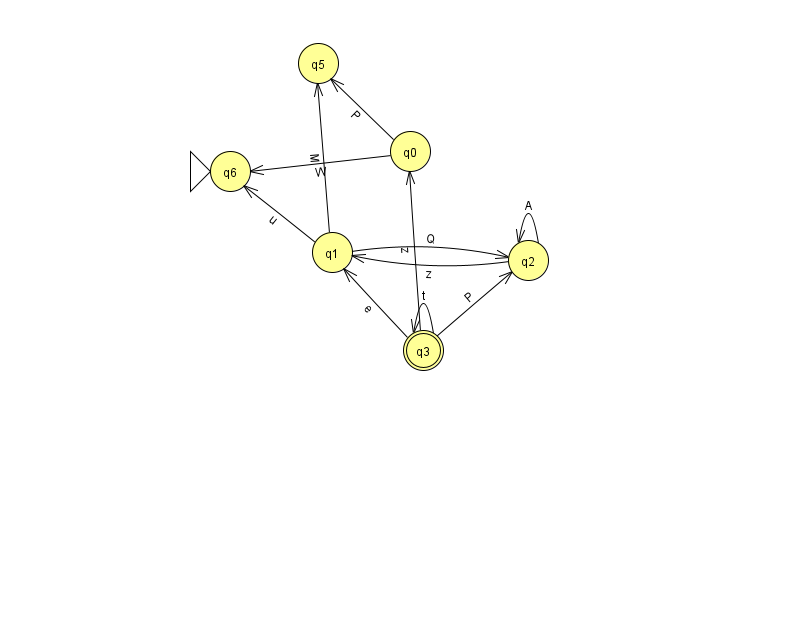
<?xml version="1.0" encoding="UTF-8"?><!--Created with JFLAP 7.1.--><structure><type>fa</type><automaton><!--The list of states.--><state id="0" name="q0"><x>410.0</x><y>138.0</y></state><state id="1" name="q1"><x>332.0</x><y>239.0</y></state><state id="2" name="q2"><x>528.0</x><y>247.0</y></state><state id="3" name="q3"><x>423.0</x><y>337.0</y><final/></state><state id="5" name="q5"><x>318.0</x><y>50.0</y></state><state id="6" name="q6"><x>230.0</x><y>158.0</y><initial/></state><!--The list of transitions.--><transition><from>2</from><to>2</to><read>A</read></transition><transition><from>0</from><to>6</to><read>W</read></transition><transition><from>1</from><to>2</to><read>Q</read></transition><transition><from>3</from><to>2</to><read>P</read></transition><transition><from>3</from><to>3</to><read>t</read></transition><transition><from>3</from><to>0</to><read>z</read></transition><transition><from>3</from><to>1</to><read>e</read></transition><transition><from>2</from><to>1</to><read>z</read></transition><transition><from>0</from><to>5</to><read>P</read></transition><transition><from>1</from><to>5</to><read>M</read></transition><transition><from>1</from><to>6</to><read>u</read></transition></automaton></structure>